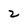
Character: Z